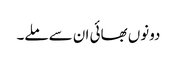
دونوں بھائی ان سے ملے۔